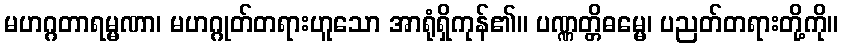
မဟဂ္ဂတာရမ္မဏာ၊ မဟဂ္ဂုတ်တရားဟူသော အာရုံရှိကုန်၏။ ပဏ္ဏတ္တိဓမ္မေ၊ ပညတ်တရားတို့ကို။